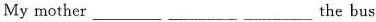
My mother ___ ___ ___ the bus